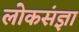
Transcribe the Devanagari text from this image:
लोकसंज्ञा